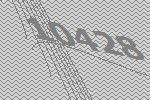
10428